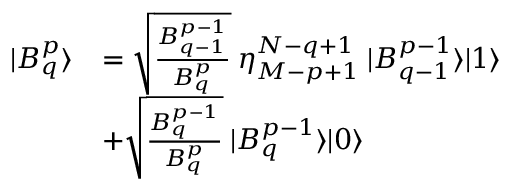
\begin{array} { r l } { | B _ { q } ^ { p } \rangle } & { = \sqrt { \frac { B _ { q - 1 } ^ { p - 1 } } { B _ { q } ^ { p } } } \: \eta _ { M - p + 1 } ^ { N - q + 1 } \: | B _ { q - 1 } ^ { p - 1 } \rangle | 1 \rangle } \\ & { + \sqrt { \frac { B _ { q } ^ { p - 1 } } { B _ { q } ^ { p } } } \: | B _ { q } ^ { p - 1 } \rangle | 0 \rangle } \end{array}